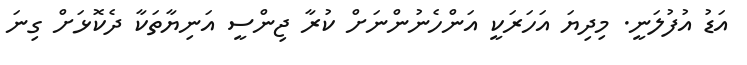
އަޑު އުފުލަނީ. މިދިޔަ އަހަރަކީ އަންހެނުންނަށް ކުރާ ޖިންސީ އަނިޔާތަކާ ދެކޮޅަށް ގިނަ